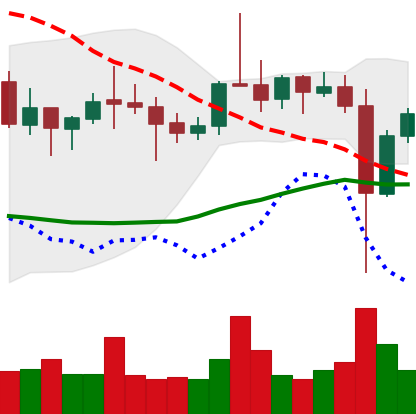
Ticker: ETC-USD
Chart end date: 2021-10-29
Forward return: 3.455%
Label: up_3_5